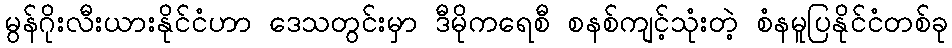
မွန်ဂိုးလီးယားနိုင်ငံဟာ ဒေသတွင်းမှာ ဒီမိုကရေစီ စနစ်ကျင့်သုံးတဲ့ စံနမူပြနိုင်ငံတစ်ခု